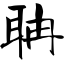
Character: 聃